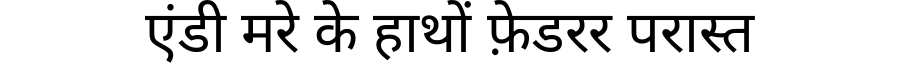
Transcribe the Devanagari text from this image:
एंडी मरे के हाथों फ़ेडरर परास्त